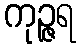
ကုဉ္ဇရ